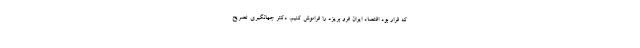
که قرار بود اقتصاد ایران فرو بریزد را فراموش کنیم. دکتر جهانگیری تصریح